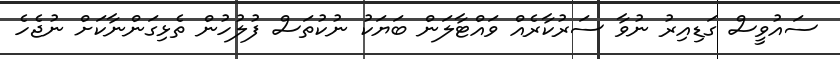
ސައުވީސް ގަޑިއިރު ނުވާ ސަރުކާރެއް ވައްޓާލަން ބަޔަކު ނުކުތަސް ފުލުހުން ތެޅިގަންނާކަށް ނުޖެހެ